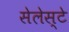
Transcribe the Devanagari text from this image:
सेलेस्टे